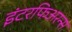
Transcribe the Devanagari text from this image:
इंटरफिअरन्स